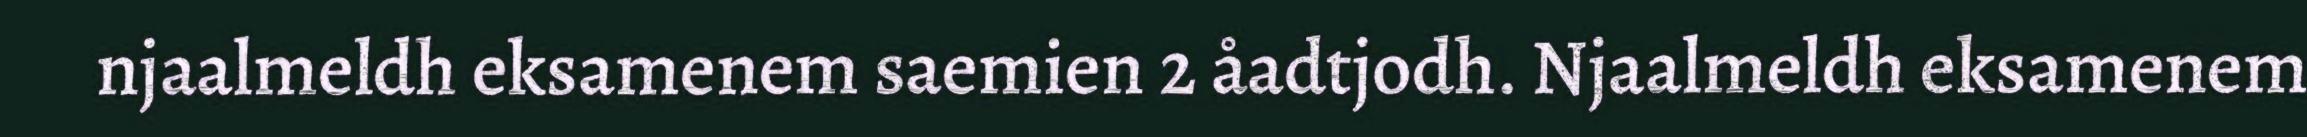
njaalmeldh eksamenem saemien 2 åadtjodh. Njaalmeldh eksamenem